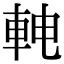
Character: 𬧳